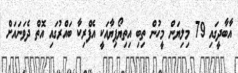
އާބާދީގައި 79 މިލިޔަން މީހުން ތިބި އިތިޔޯޕިޔާއަކީ އެފްރިކާ ބައްރުގައި އޮތް ދެވަނައަށް